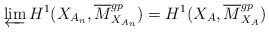
LaTeX: \begin{align*}\varprojlim H^1(X_{A_n},\overline{M}_{X_{A_n}}^{gp})=H^1(X_{A},\overline{M}_{X_{A}}^{gp})\end{align*}